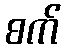
စက်